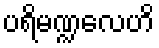
ပရိမဏ္ဍလေဟိ